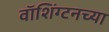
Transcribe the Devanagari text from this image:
वाॅशिंग्टनच्या